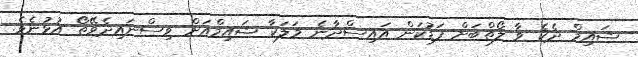
ޝައިމް ދެކެ ވާ ލޯތްބަށް ފަޑުކަން އައިސްދާނެ މަލަކާ ޝައިމްއަށް ވިސްނައިދެވޭތޯ އުޅުނެވެ.